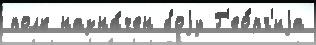
полк назна́чен боjу Г'ео́рг'иjа